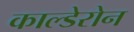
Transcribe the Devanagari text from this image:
काल्डेरोन